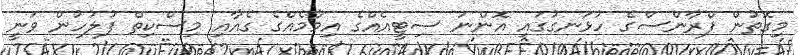
މިގޮތުން ފްރާންސްގެ ހުޅަނގުގައި އޮންނަ ސިޓީއެއްގެ އިމާމެއްގެ ގެއާއި މިސްކިތް ފުލުހުން ވަނީ